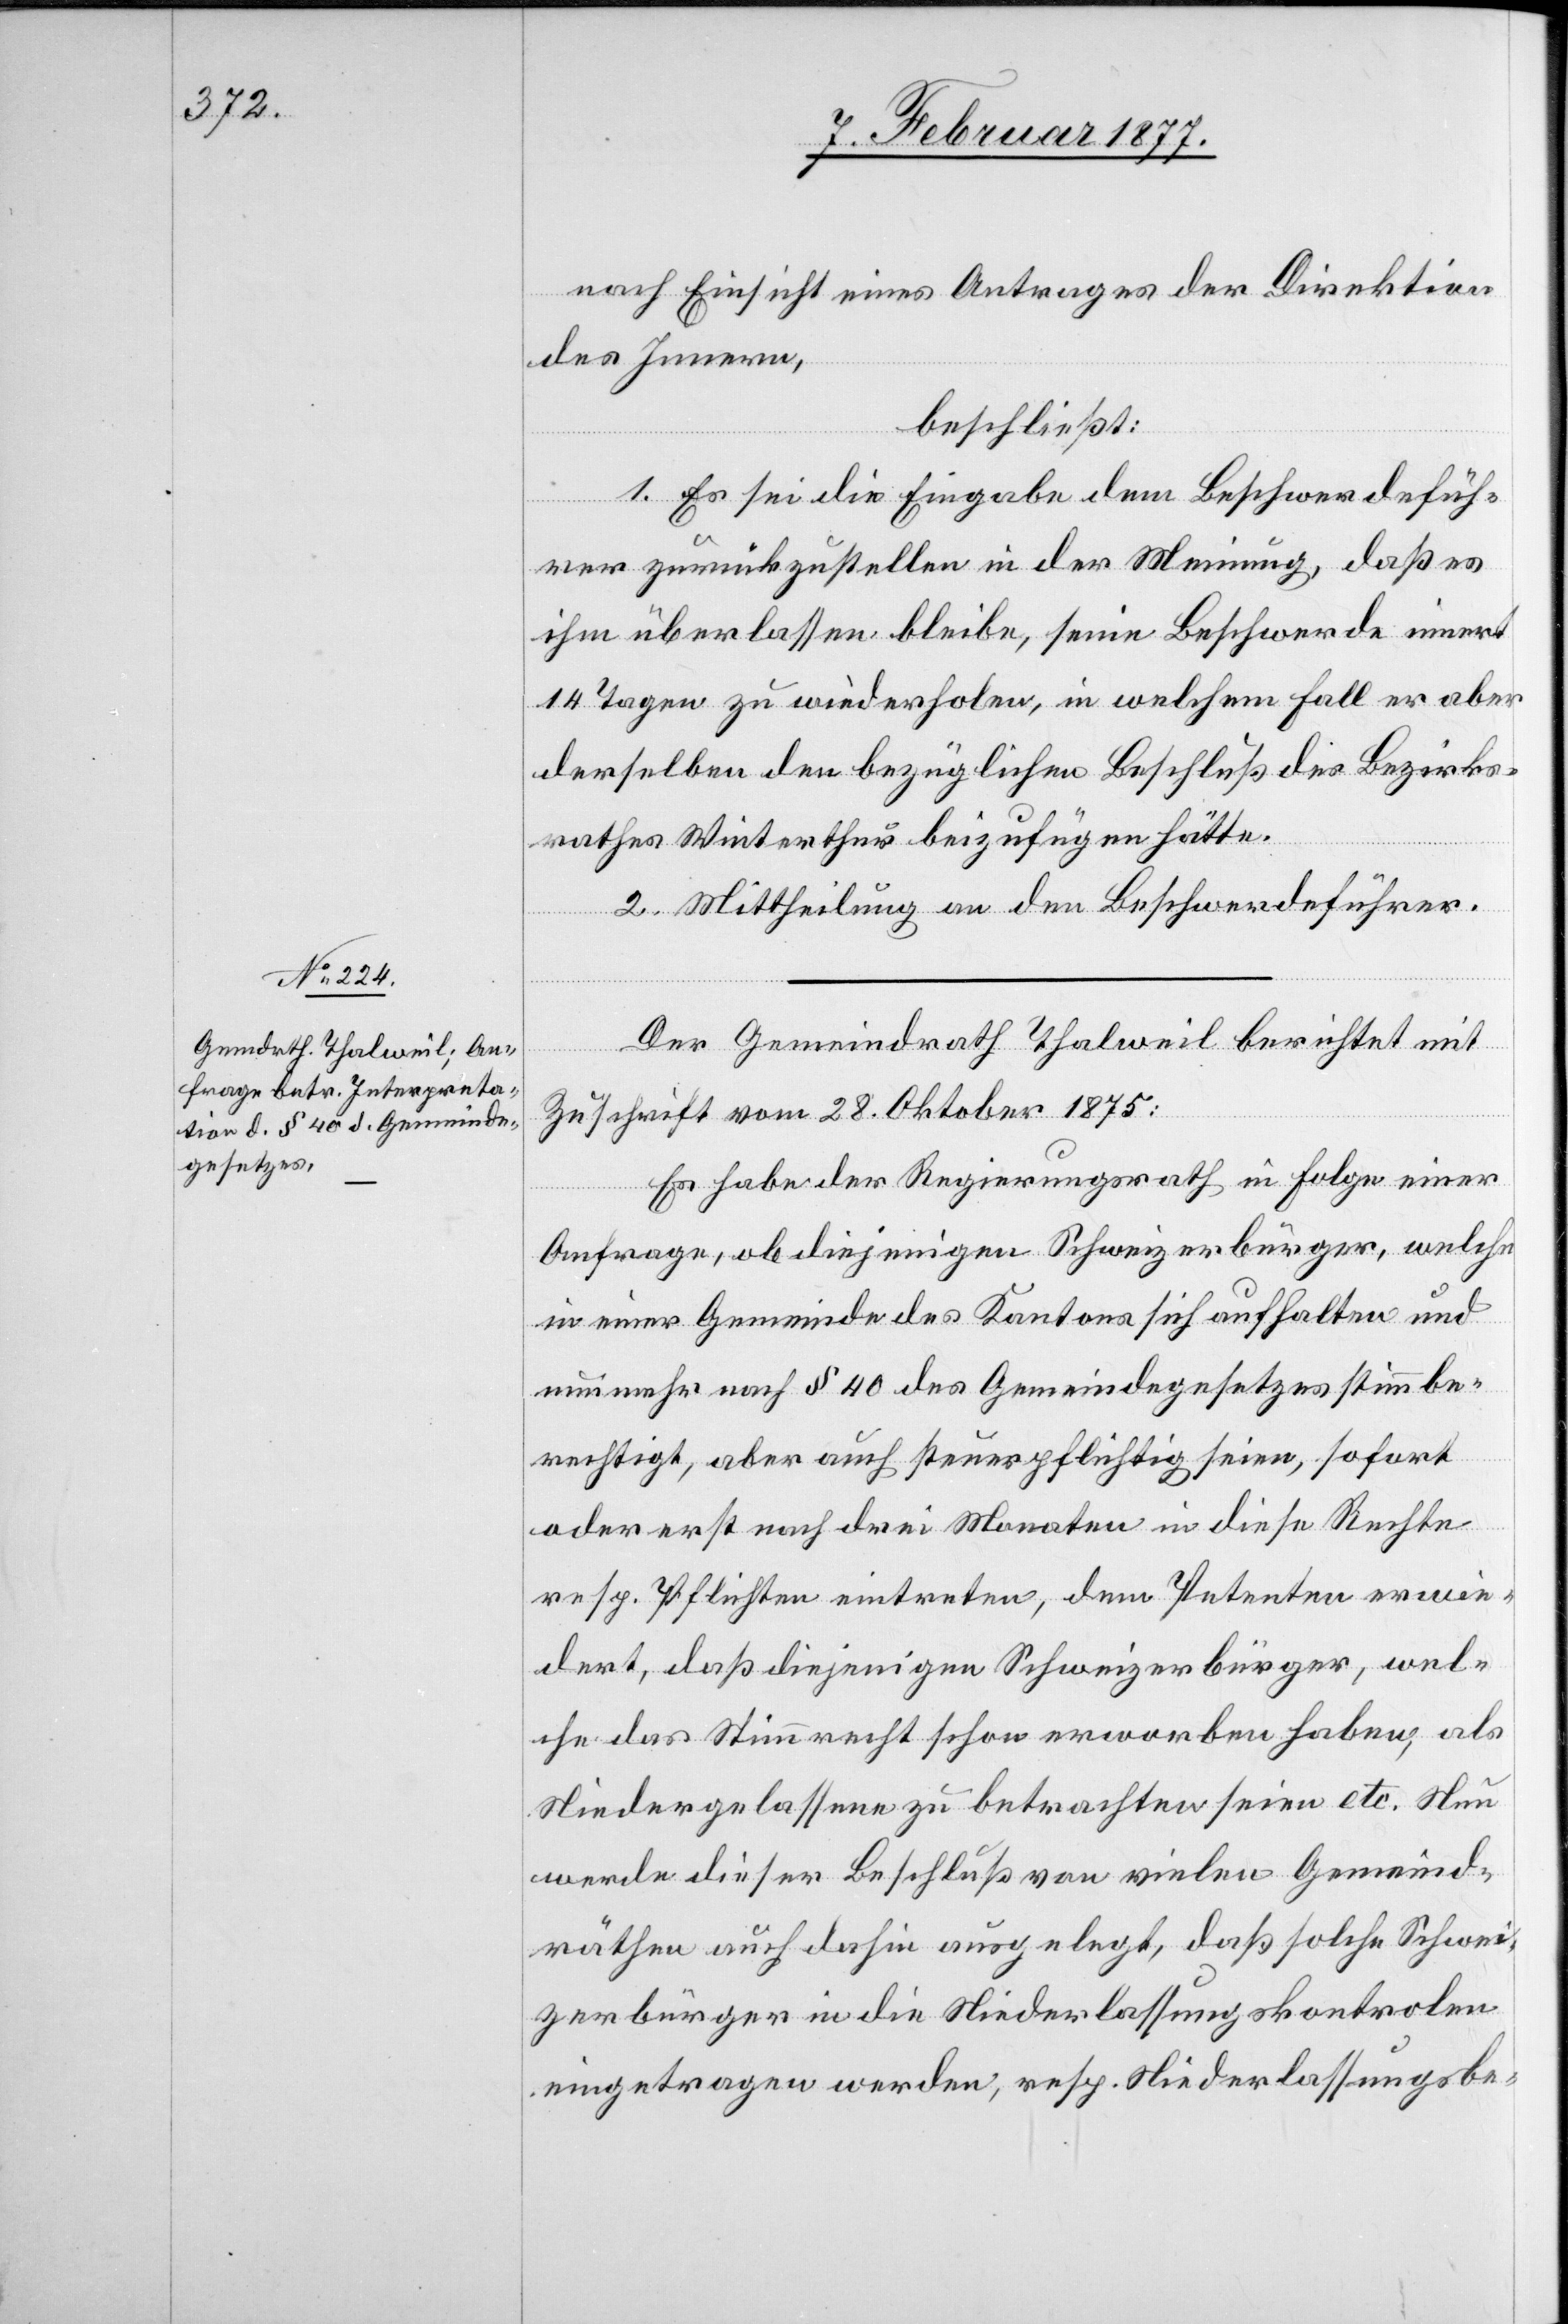
nach Einsicht eines Antrages der Direktion
des Innern
beschließt:
1. Es sei die Eingabe dem Beschwerdefüh¬
rer zurückzustellen in der Meinung, daß es
ihm überlassen bleibe, seine Beschwerde innert
14 Tagen zu wiederholen, in welchem Fall er aber
derselben den bezüglichen Beschluß des Bezirks¬
rathes Winterthur beizufügen hätte.
2. Mittheilung an den Beschwerdeführer.
Der Gemeindrath Thalweil berichtet mit
Zuschrift vom 28. Oktober 1875:
Es habe der Regierungsrath in Folge einer
Anfrage, ob diejenigen Schweizerbürger, welche
in einer Gemeinde des Kantons sich aufhalten und
nunmehr nach § 40 des Gemeindegesetzes stimmbe¬
rechtigt, aber auch steuerpflichtig seien, sofort
oder erst nach drei Monaten in diese Rechte
resp. Pflichten eintreten, dem Petenten erwie¬
dert, daß diejenigen Schweizerbürger, wel¬
che das Stimmrecht schon erworben haben, als
Niedergelassene zu betrachten seien etc. Nun
werde dieser Beschluß von vielen Gemeind¬
räthen auch dahin ausgelegt, daß solche Schwei¬
zerbürger in die Niederlassungskontrolen
eingetragen werden, resp. Niederlassungsbe-